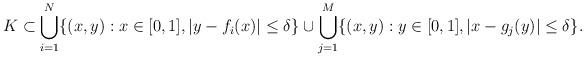
LaTeX: \begin{align*}K\subset \bigcup_{i=1}^N \{(x,y):x\in [0,1],|y-f_i(x)|\leq \delta\} \cup \bigcup_{j=1}^M \{(x,y):y\in [0,1],|x-g_j(y)|\leq \delta\}.\end{align*}